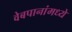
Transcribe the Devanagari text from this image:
वेबपानांमध्ये